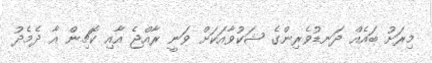
މިރަށު ބައެއް ދަނޑުވެރިންގެ ޝަކުވާއަކަށް ވަނީ ރާއްޖެ އާއި ކޮޗިން އާ ދެމެދު